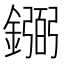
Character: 𫓎